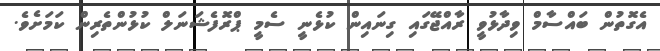
އެގޮތުން ބައްސާމް ވިދާޅުވީ ރާއްޖޭގައި ގިނައިން ކުޅެނީ ސެމީ ޕްރޮފެޝަނަލް ކުޅުންތެރިން ކަމަށެވެ.